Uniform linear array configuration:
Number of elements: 24
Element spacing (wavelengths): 1
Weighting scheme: uniform
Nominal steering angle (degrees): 30
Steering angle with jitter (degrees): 31.713
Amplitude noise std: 0.05
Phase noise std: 0.05

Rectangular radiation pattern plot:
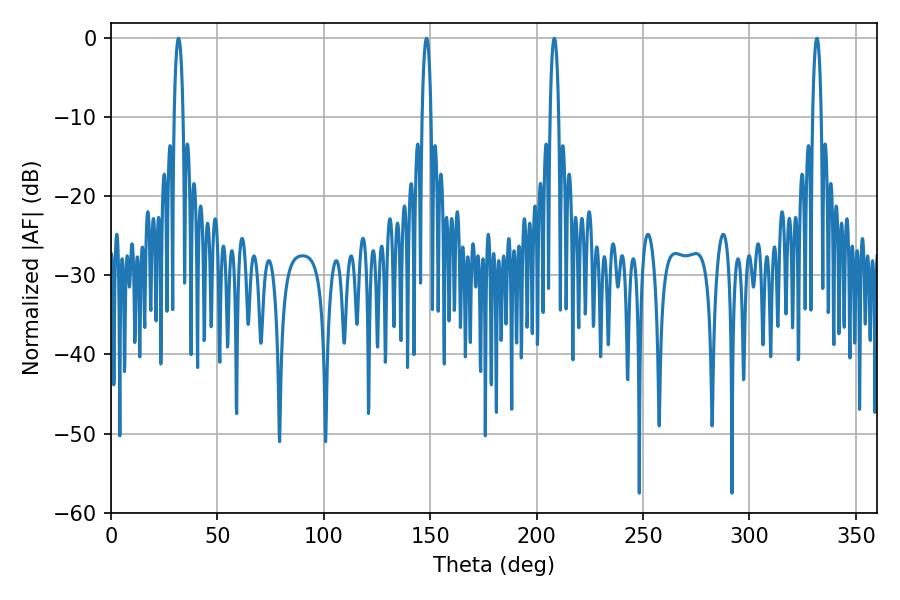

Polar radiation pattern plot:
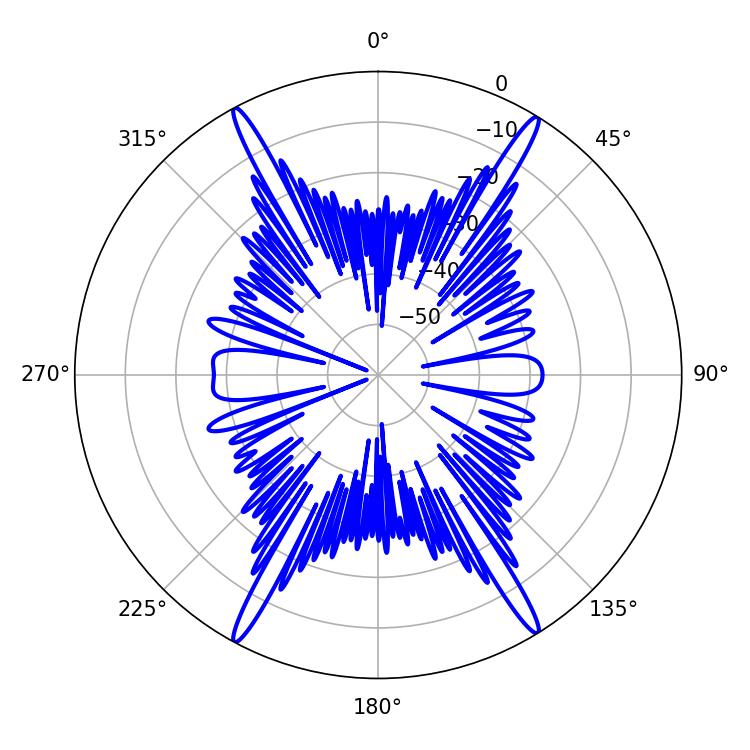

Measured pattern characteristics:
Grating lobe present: TRUE
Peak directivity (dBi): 25.117
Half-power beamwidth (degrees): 2.34
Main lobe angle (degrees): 208.26